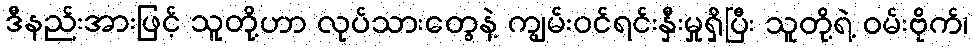
ဒီနည်းအားဖြင့် သူတို့ဟာ လုပ်သားတွေနဲ့ ကျွမ်းဝင်ရင်းနှီးမှုရှိပြီး သူတို့ရဲ့ ဝမ်းဗိုက်၊